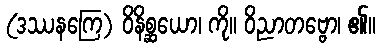
(ဒဿနကြေ) ဝိနိစ္ဆယော၊ ကို။ ဝိညာတဗ္ဗော၊ ၏။